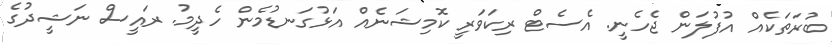
ބުރަތަކެއް އުފުލަން ޖެހެނީ. އެސެޓް ރިކަވަރީ ކޮމިޝަނެއް އަޅުގަނޑުމެން ހެދީމު. ރައީސް ނަޝީދުގެ